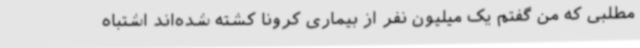
مطلبی که من گفتم یک میلیون نفر از بیماری کرونا کشته شده‌اند اشتباه